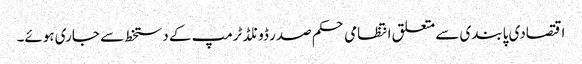
اقتصادی پابندی سے متعلق انتظامی حکم صدر ڈونلڈ ٹرمپ کے دستخط سے جاری ہوئے۔